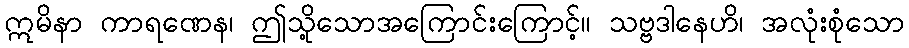
ဣမိနာ ကာရဏေန၊ ဤသို့သောအကြောင်းကြောင့်။ သဗ္ဗဒါနေဟိ၊ အလုံးစုံသော